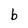
Character: b